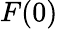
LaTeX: F(0)